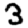
Digit: 3